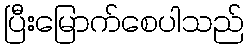
ပြီးမြောက်စေပါသည်